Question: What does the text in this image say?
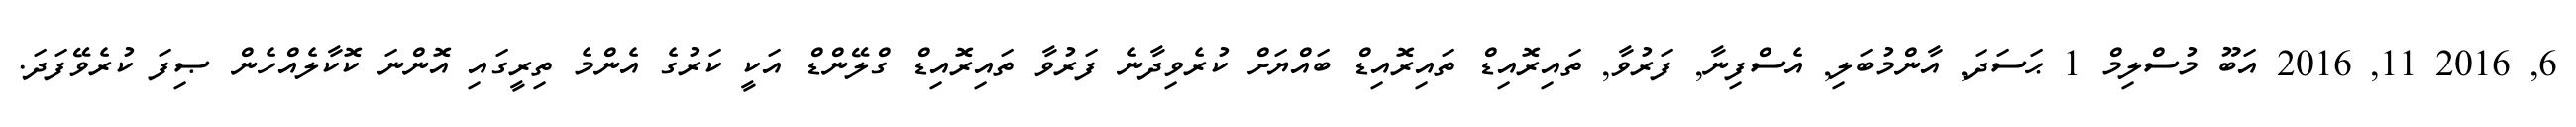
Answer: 6, 2016 11, 2016 އަބޫ މުސްލިމް 1 ޙަސަދަ, އާންމުބަލި, އެސްފިނާ, ފަރުވާ, ތައިރޮއިޑް ތައިރޮއިޑް ބައްޔަށް ކުރެވިދާނެ ފަރުވާ ތައިރޮއިޑް ގްލޭންޑް އަކީ ކަރުގެ އެންމެ ތިރީގައި އޮންނަ ކޮކާލެއްހެން ޞިފަ ކުރެވޭފަދަ.